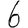
Digit: 6